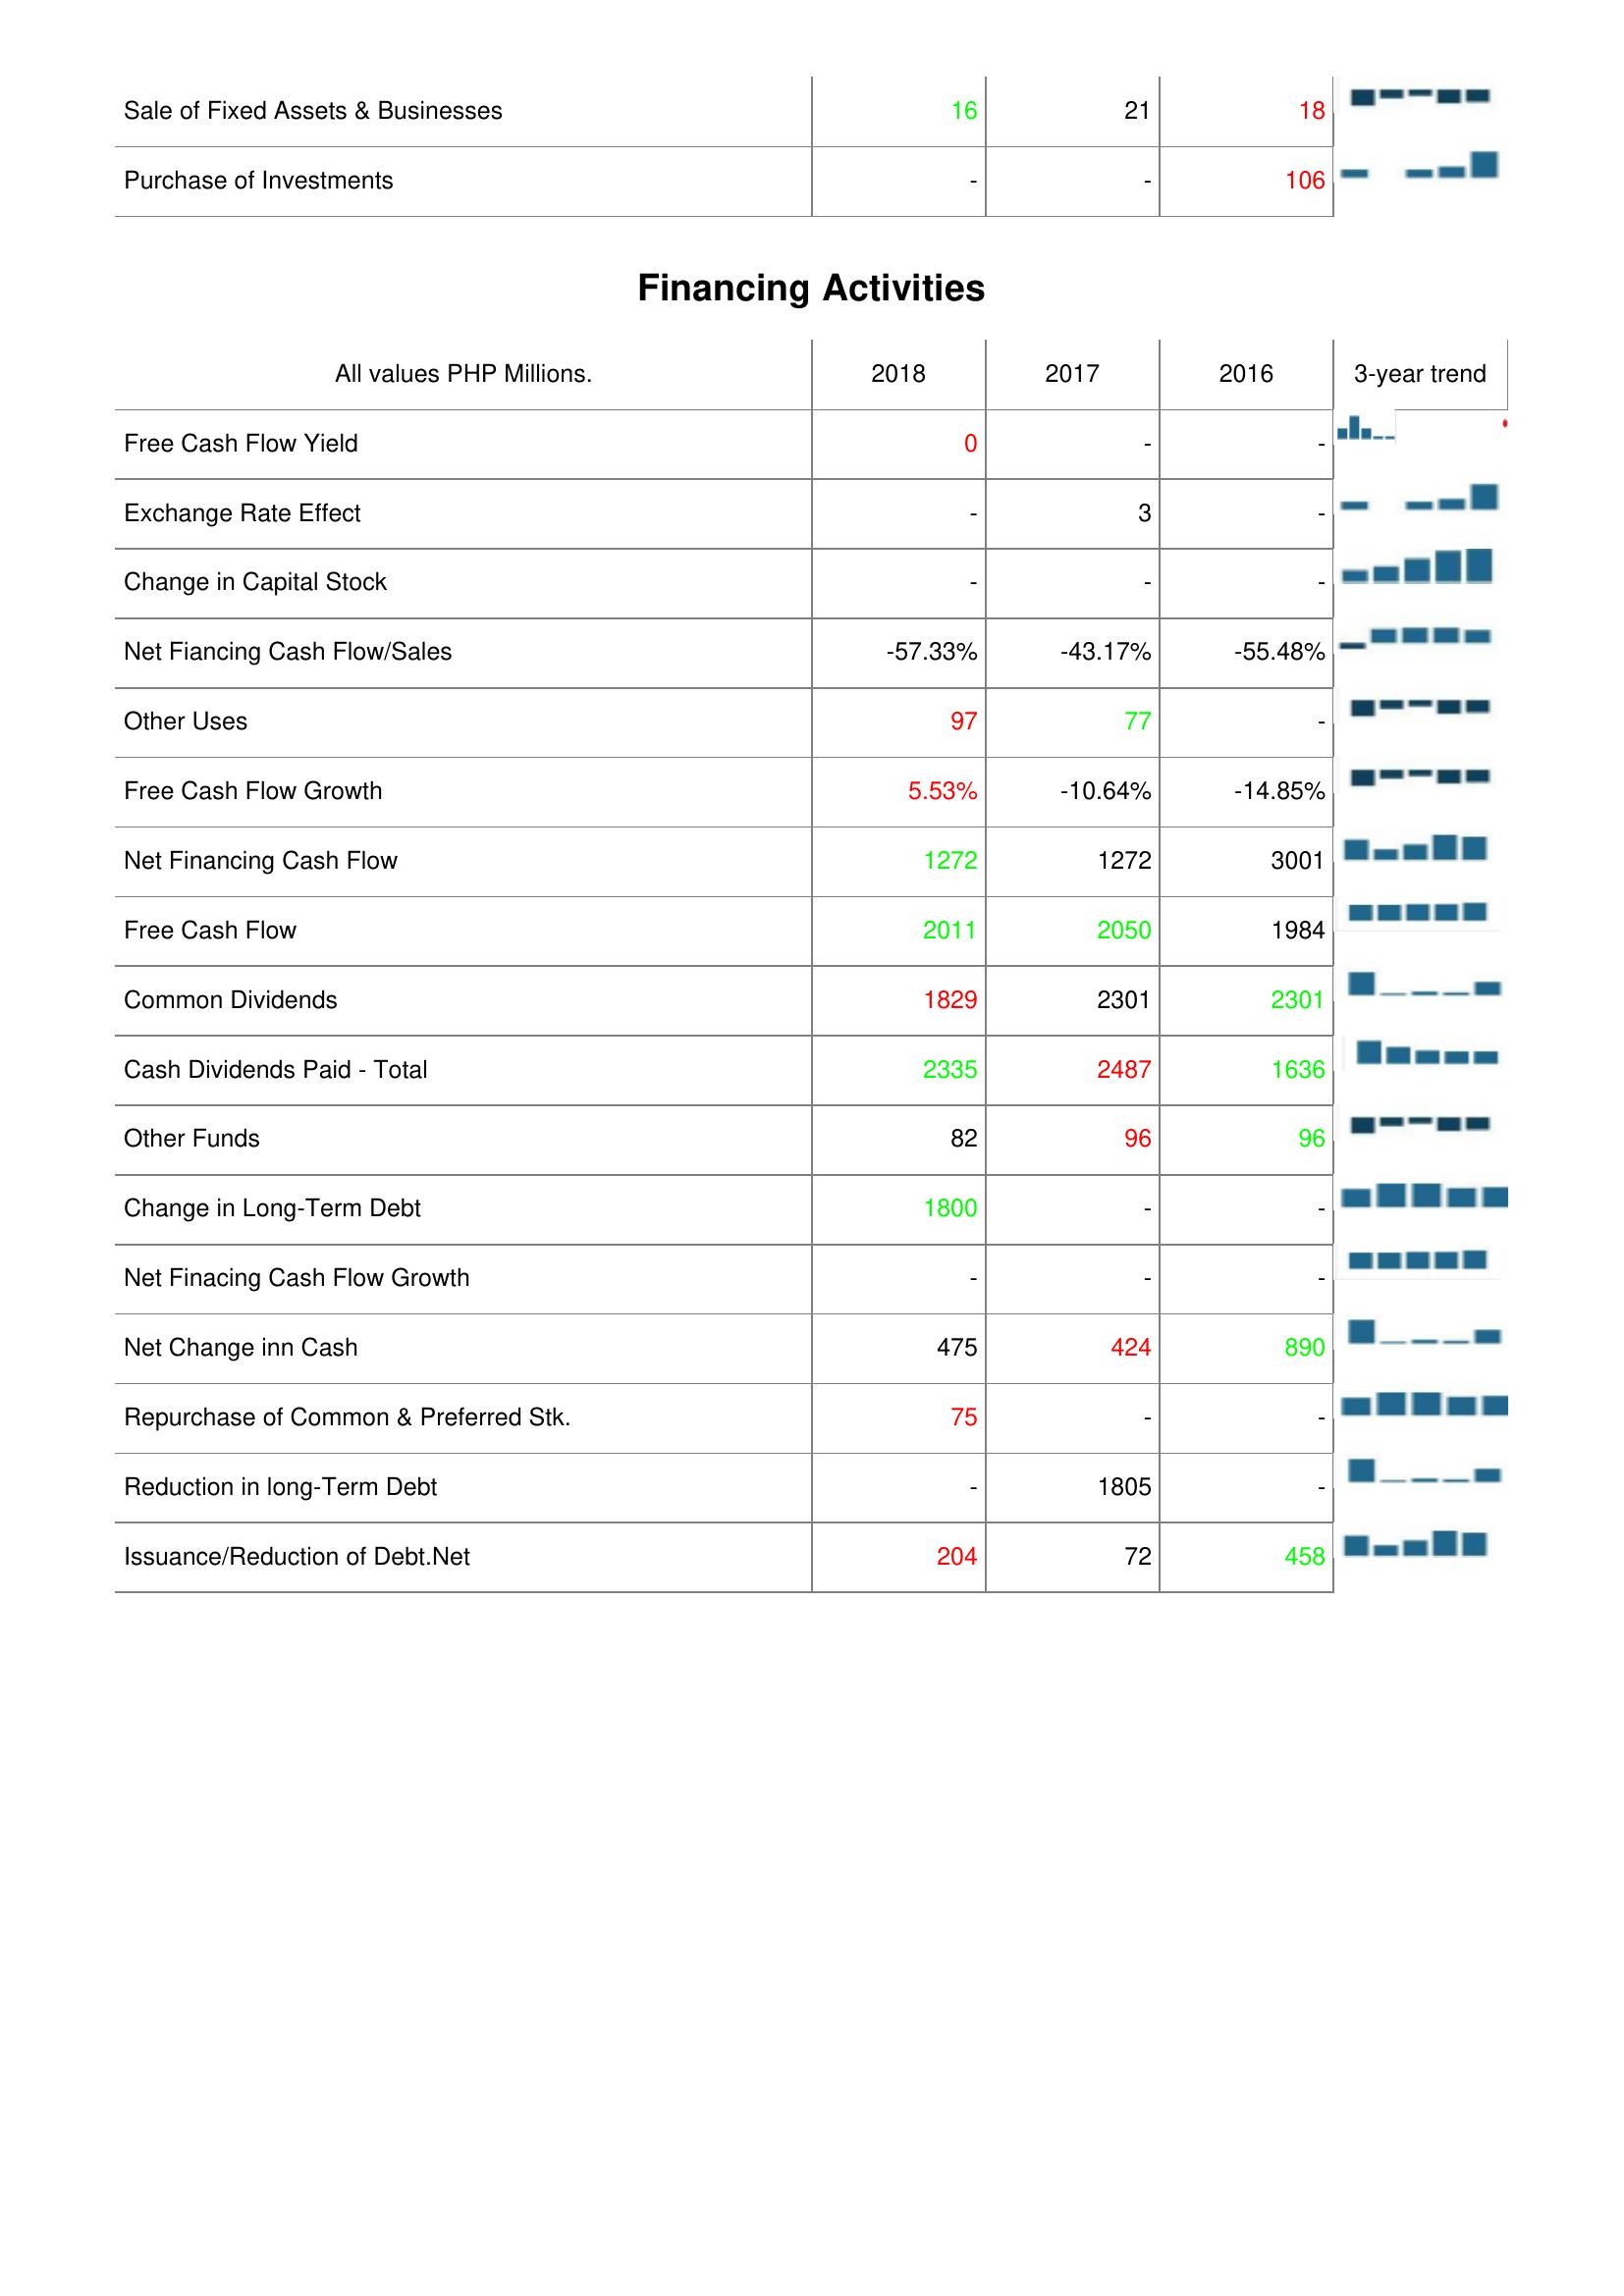
2018: Investing Activities: Sale of Fixed Assets & Businesses: 16
Purchase of Investments: -
Financing Activities: Free Cash Flow Yield: 0
Exchange Rate Effect: -
Change in Capital Stock: -
Net Fiancing Cash Flow/Sales: -57.33%
Other Uses: 97
Free Cash Flow Growth: 5.53%
Net Financing Cash Flow: 1272
Free Cash Flow: 2011
Common Dividends: 1829
Cash Dividends Paid - Total: 2335
Other Funds: 82
Change in Long-Term Debt: 1800
Net Finacing Cash Flow Growth: -
Net Change inn Cash: 475
Repurchase of Common & Preferred Stk.: 75
Reduction in long-Term Debt: -
Issuance/Reduction of Debt.Net: 204
2017: Investing Activities: Sale of Fixed Assets & Businesses: 21
Purchase of Investments: -
Financing Activities: Free Cash Flow Yield: -
Exchange Rate Effect: 3
Change in Capital Stock: -
Net Fiancing Cash Flow/Sales: -43.17%
Other Uses: 77
Free Cash Flow Growth: -10.64%
Net Financing Cash Flow: 1272
Free Cash Flow: 2050
Common Dividends: 2301
Cash Dividends Paid - Total: 2487
Other Funds: 96
Change in Long-Term Debt: -
Net Finacing Cash Flow Growth: -
Net Change inn Cash: 424
Repurchase of Common & Preferred Stk.: -
Reduction in long-Term Debt: 1805
Issuance/Reduction of Debt.Net: 72
2016: Investing Activities: Sale of Fixed Assets & Businesses: 18
Purchase of Investments: 106
Financing Activities: Free Cash Flow Yield: -
Exchange Rate Effect: -
Change in Capital Stock: -
Net Fiancing Cash Flow/Sales: -55.48%
Other Uses: -
Free Cash Flow Growth: -14.85%
Net Financing Cash Flow: 3001
Free Cash Flow: 1984
Common Dividends: 2301
Cash Dividends Paid - Total: 1636
Other Funds: 96
Change in Long-Term Debt: -
Net Finacing Cash Flow Growth: -
Net Change inn Cash: 890
Repurchase of Common & Preferred Stk.: -
Reduction in long-Term Debt: -
Issuance/Reduction of Debt.Net: 458